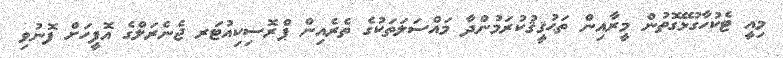
މިއީ ޓެކުހާގުޅޭގޮތުން މީރާއިން ތަޙުޤީޤުކުރަމުންދާ މައްސަލަތަކުގެ ތެރެއިން ޕްރޮސިކިއުޓަރ ޖެނެރަލްގެ އޮފީހަށް ފޮނުވި